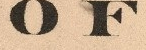
OF